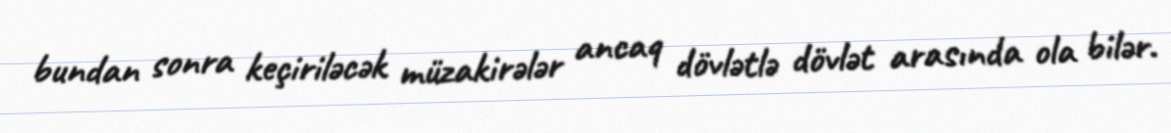
bundan sonra keçiriləcək müzakirələr ancaq dövlətlə dövlət arasında ola bilər.